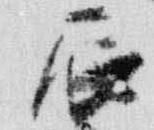
辰